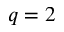
q = 2